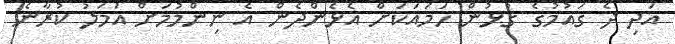
އަދި ދެ ގައުމުގެ ގުޅުން ހަމައަކަށް އެޅެންދެން އެ ނިންމުމަށް އަމަލު ކުރާނެ